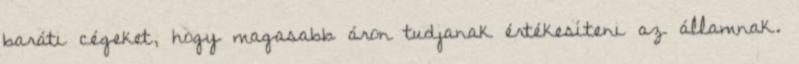
baráti cégeket, hogy magasabb áron tudjanak értékesíteni az államnak.